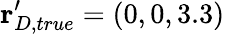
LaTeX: \mathbf{r}_{D,true}^{\prime}=(0,0,3.3)